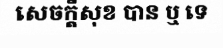
សេចក្តីសុខ បាន ឬ ទេ